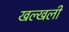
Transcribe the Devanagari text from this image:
खल्खली